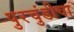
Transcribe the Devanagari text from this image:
पुरचुंडीचा